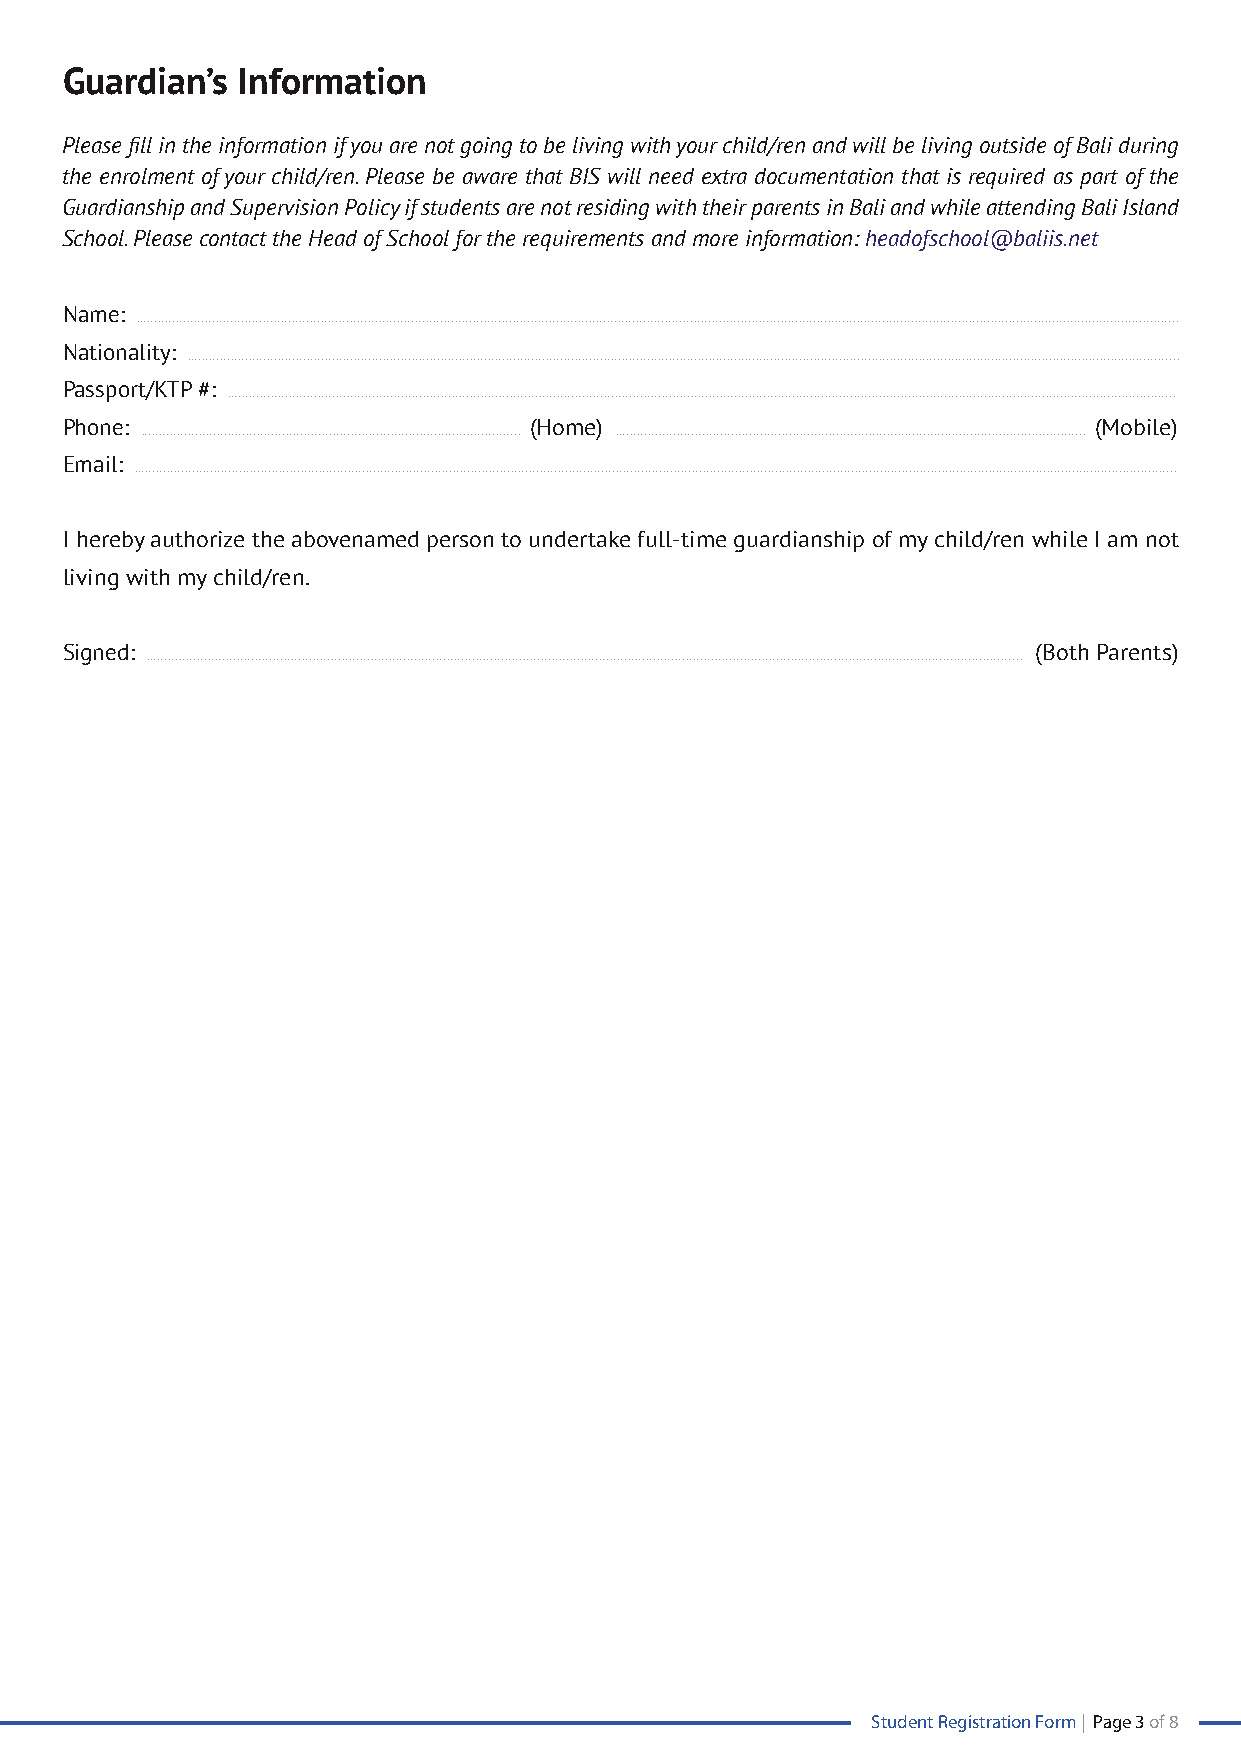
Guardian’s  Information
 Please fill in the information if you are not going to be living with your child/ren and will be living outside of Bali during
 the enrolment of your child/ren. Please be aware that BIS will need extra documentation that is required as part of the
 Guardianship and Supervision Policy if students are not residing with their parents in Bali and while attending Bali Island
 School. Please contact the Head of School for the requirements and more information: headofschool@baliis.net
 Name:
 ................................................................................................................................................................................................................................................................................................
 Nationality:
 ..................................................................................................................................................................................................................................................................................
 Passport/KTP #:
 ......................................................................................................................................................................................................................................................................
 Phone:                         (Home)                               (Mobile)
 ......................................................................................................... ..................................................................................................................................
 Email:
 ................................................................................................................................................................................................................................................................................................
 I hereby authorize the abovenamed person to undertake full-time guardianship of my child/ren while I am not
 living with my child/ren.
 Signed:                                                         (Both Parents)
 ..................................................................................................................................................................................................................................................
 Student Registration Form | Page 3 of 8